Leaving Certificate Examination, 1905
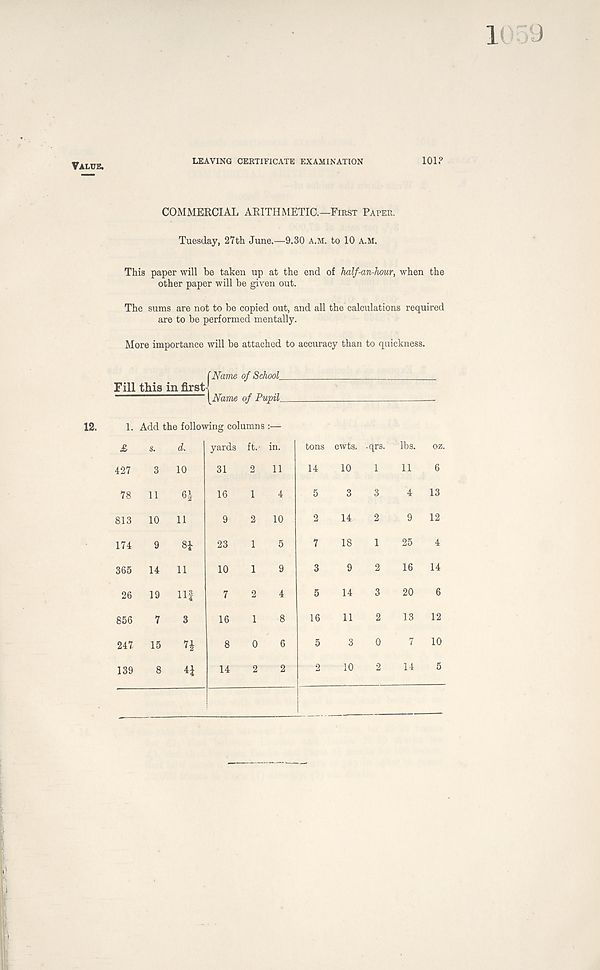
Value.
LEAVING CERTIFICATE EXAMINATION
101?
COMMERCIAL ARITHMETIC.—First Paper.
Tuesday, 27th June.—9.30 a.m. to 10 A.M.
This paper will be taken up at the end of half-an-hour, when the
other paper will be given out.
The sums are not to be copied out, and all the calculations required
are to be performed mentally.
More importance will be attached to accuracy than to quickness.
Fill this in first^
{Name of School_
Name of Pupils
1. Add the following columns :—
£ s. d. yards ft.- in.
427 3 10
31
78 11
16
813 10 11
174
365
9 8i
14 11
26 19 Ilf
856 7 3
247 15 7£
8 4f
139
tons cwts. -qrs. lbs. oz.
10
3
14
18
9
14
11
3
10
6
13
12
11
4
9
25 4
16 14
20 6
13 12
7
14